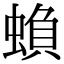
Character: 蝜